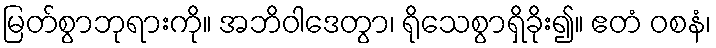
မြတ်စွာဘုရားကို။ အဘိဝါဒေတွာ၊ ရိုသေစွာရှိခိုး၍။ ဧတံ ဝစနံ၊